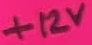
Text: +12V